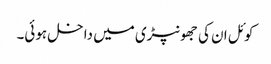
کوئل ان کی جھونپڑی میں داخل ہوئی۔